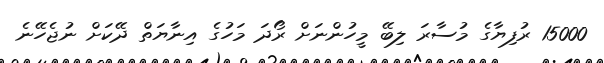
15000 ރުފިޔާގެ މުސާރަ ލިބޭ މީހުންނަށް ރޯދަ މަހުގެ އިނާޔަތް ދޭކަށް ނުޖެހޭނެ